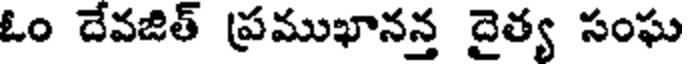
ఓం దేవజిత్ ప్రముఖానన్త దైత్య సంఘ